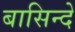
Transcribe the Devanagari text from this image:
बासिन्दे